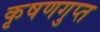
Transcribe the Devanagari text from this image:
कृषणगुप्त